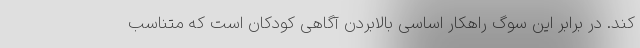
کند. در برابر این سوگ راهکار اساسی بالابردن آگاهی کودکان است که متناسب